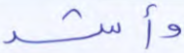
وأشد